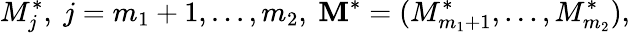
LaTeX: M_{j}^{*},\ j=m_{1}+1,...,m_{2},\ \textbf{M}^{*}=(M_{m_{1}+1}^{*},...,M_{m_{2}}^{*}),